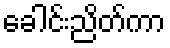
ခေါင်းညိတ်ကာ